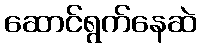
ဆောင်ရွက်နေဆဲ